Vaccination Hyderabad 1890-1903 - 1890-1903
Year: 1890
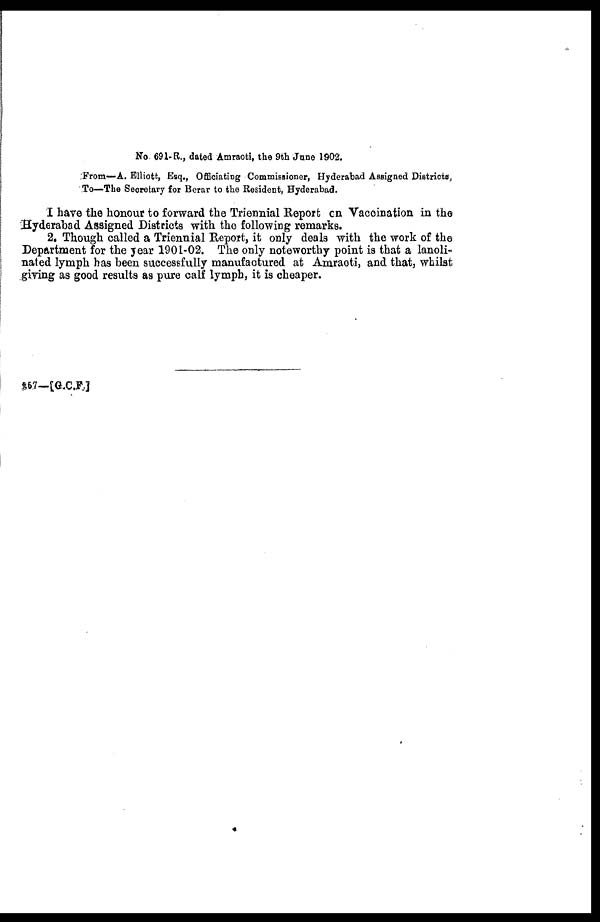
No. 691-R., dated Amraoti, the 9th June 1902.
From—A. Elliott, Esq., Officiating Commissioner, Hyderabad Assigned Districts,
To—The Secretary for Berar to the Resident, Hyderabad.
I have the honour to forward the Triennial Report on Vaccination in the
Hyderabad Assigned Districts with the following remarks.
2. Though called a Triennial Report, it only deals with the work of the
Department for the year 1901-02. The only noteworthy point is that a lanoli-
nated lymph has been successfully manufactured at Amraoti, and that, whilst
giving as good results as pure calf lymph, it is cheaper.
257—[G.C.F.]